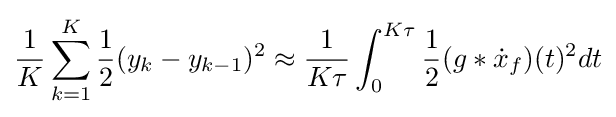
{\frac {1}{K}}\sum _{k=1}^{K}{\frac {1}{2}}(y_{k}-y_{k-1})^{2}\approx {\frac {1}{K\tau }}\int _{0}^{K\tau }{\frac {1}{2}}(g\ast {\dot {x}}_{f})(t)^{2}dt